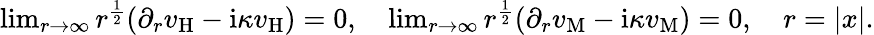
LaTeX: \begin{array}{r}{\operatorname*{lim}_{r\to\infty}r^{\frac{1}{2}}(\partial_{r}v_{\mathrm{H}}-\mathrm{i}\kappa v_{\mathrm{H}})=0,\quad\operatorname*{lim}_{r\to\infty}r^{\frac{1}{2}}(\partial_{r}v_{\mathrm{M}}-\mathrm{i}\kappa v_{\mathrm{M}})=0,\quad r=|x|.}\end{array}